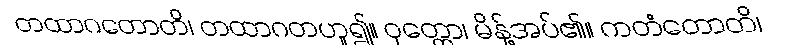
တထာဂတောတိ၊ တထာဂတဟူ၍။ ဝုတ္တော၊ မိန့်အပ်၏။ ကတံတောတိ၊